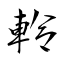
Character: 軨